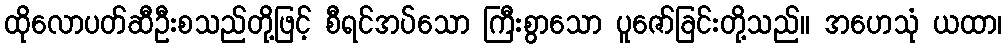
ထိုလောပတ်ဆီဦးစသည်တို့ဖြင့် စီရင်အပ်သော ကြီးစွာသော ပူဇော်ခြင်းတို့သည်။ အဟေသုံ ယထာ၊